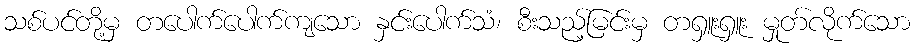
သစ်ပင်တို့မှ တပေါက်ပေါက်ကျသော နှင်းပေါက်သံ၊ စီးသည့်မြင်းမှ တရှူးရှူး မှုတ်လိုက်သော